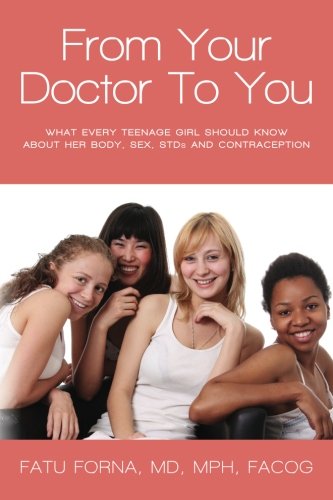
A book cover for From Your Doctor To You: What every teenage girl should know about her body, sex, STDs and contraception; Fatu Forna; Health, Fitness & Dieting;